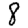
Digit: 8